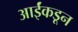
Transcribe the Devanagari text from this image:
आईंकडून